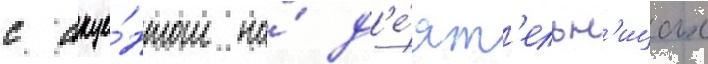
с акце́нтом на́ д'е́ят'ельн'ицах